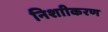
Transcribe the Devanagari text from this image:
निशाीकरण